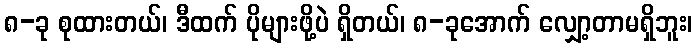
၈-ခု စုထားတယ်၊ ဒီထက် ပိုများဖို့ပဲ ရှိတယ်၊ ၈-ခုအောက် လျှော့တာမရှိဘူး၊